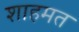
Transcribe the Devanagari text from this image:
शाहमत